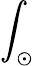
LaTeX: \int_{\odot}